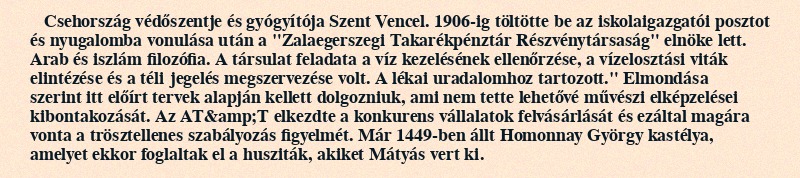
Csehország védőszentje és gyógyítója Szent Vencel. 1906-ig töltötte be az iskolaigazgatói posztot és nyugalomba vonulása után a "Zalaegerszegi Takarékpénztár Részvénytársaság" elnöke lett. Arab és iszlám filozófia. A társulat feladata a víz kezelésének ellenőrzése, a vízelosztási viták elintézése és a téli jegelés megszervezése volt. A lékai uradalomhoz tartozott." Elmondása szerint itt előírt tervek alapján kellett dolgozniuk, ami nem tette lehetővé művészi elképzelései kibontakozását. Az AT&amp;T elkezdte a konkurens vállalatok felvásárlását és ezáltal magára vonta a trösztellenes szabályozás figyelmét. Már 1449-ben állt Homonnay György kastélya, amelyet ekkor foglaltak el a husziták, akiket Mátyás vert ki.